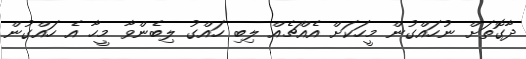
ދާގޮތަށް ނުހައްގުން މީހަކަށް އެއްޗެއް ލިބި ހައްގު ލިބެންވާ މީހާ އެ ހައްގުން